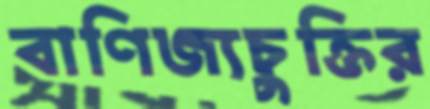
বাণিজ্যচুক্তির